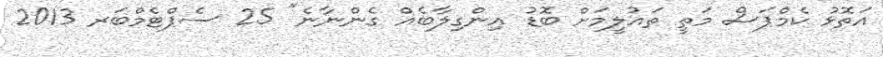
އަތޮޅު ކެމްޕަސް މަތީ ތައުލީމަށް ބޮޑު އިންގިލާބެއް ގެންނާނެ" 25 ސެޕްޓެމްބަރ 2013